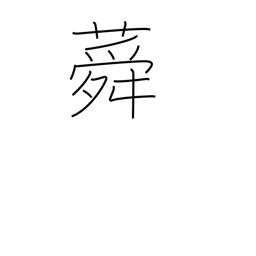
Meaning: althea